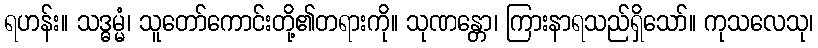
ရဟန်း။ သဒ္ဓမ္မံ၊ သူတော်ကောင်းတို့၏တရားကို။ သုဏန္တော၊ ကြားနာရသည်ရှိသော်။ ကုသလေသု၊